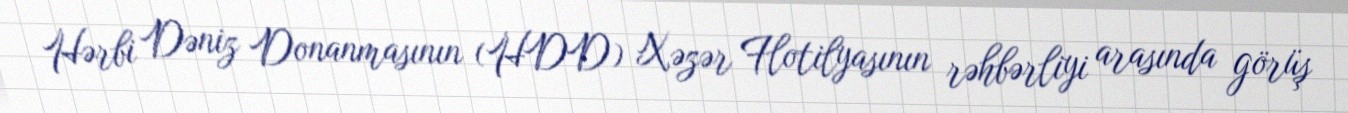
Hərbi Dəniz Donanmasının (HDD) Xəzər Flotilyasının rəhbərliyi arasında görüş